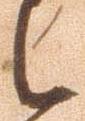
之